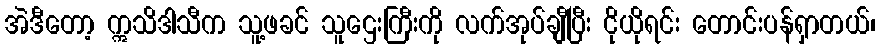
အဲဒီတော့ ဣသိဒါသီက သူ့ဖခင် သူဌေးကြီးကို လက်အုပ်ချီပြီး ငိုယိုရင်း တောင်းပန်ရှာတယ်၊